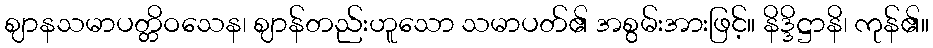
ဈာနသမာပတ္တိဝသေန၊ ဈာန်တည်းဟူသော သမာပတ်၏ အစွမ်းအားဖြင့်။ နိဒ္ဒိဋ္ဌာနိ၊ ကုန်၏။